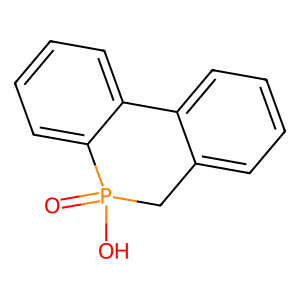
SMILES: O=P1(O)Cc2ccccc2-c2ccccc21
Inhibits HIV replication: No